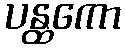
ပန္ထကော